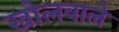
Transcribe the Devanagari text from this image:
खोलवाले